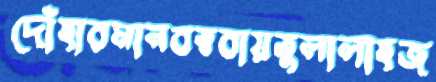
দোঁহারমানবত্ববায়তুলালাহজ